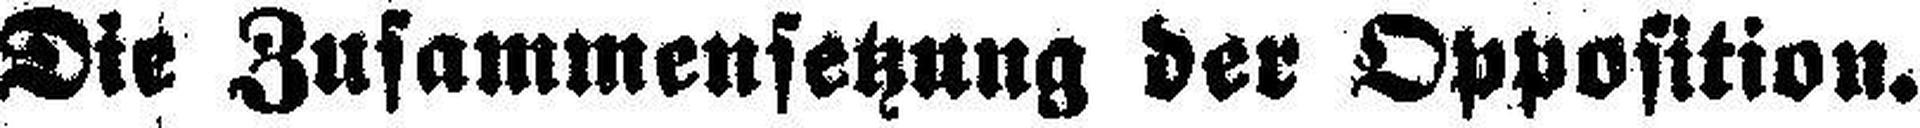
Die Zusammensetzung der Opposition.